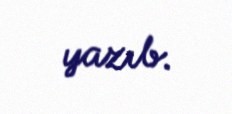
yazıb.